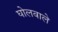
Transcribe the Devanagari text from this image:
घोलवाले